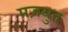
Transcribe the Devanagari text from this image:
मज़बुत